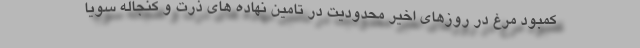
کمبود مرغ در روزهای اخیر محدودیت در تامین نهاده های ذرت و کنجاله سویا